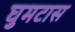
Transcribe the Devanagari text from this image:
घुमटास